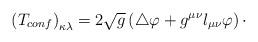
LaTeX: \begin{align*}\left( T_{conf}\right) _{\kappa \lambda }=2\sqrt{g}\left( \bigtriangleup\varphi +g^{\mu \nu }l_{\mu \nu }\varphi \right) \cdot\end{align*}